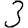
Digit: 3